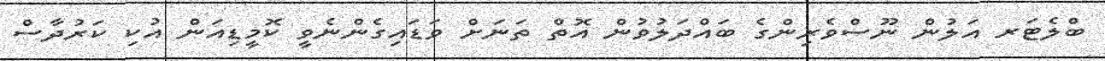
ބްލެޓަރ އަލުން ނޫސްވެރިންގެ ބައްދަލުވުން އޮތް ތަނަށް ވަޑައިގެންނެވީ ކޮމީޑިއަން އުކި ކަރުދާސް